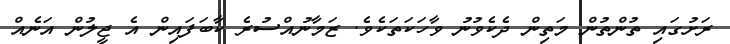
ރަށުގައި ތުންތުން މަތިން ދެކެވުނު ވާހަކަތަކެވެ. ޒަމާނުއްސުރެ ކާބަފައިން އެ ޖީލުން އަނެއް